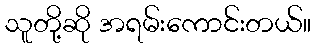
သူတို့ဆို အရမ်းကောင်းတယ်။